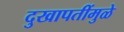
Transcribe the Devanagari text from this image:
दुखापतींमुळे